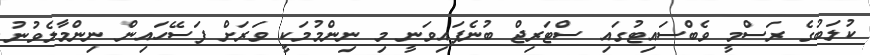
ކުލަބުގެ ރަސްމީ ވެބްސައިޓުގައި ސްޓަރިޖް ބުނެފައިވަނީ މި ނިންމުމަކީ ވަރަށް ފަސޭހައިން ނިންމާލެވުނު